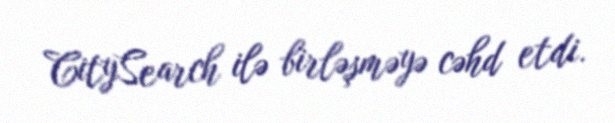
CitySearch ilə birləşməyə cəhd etdi.